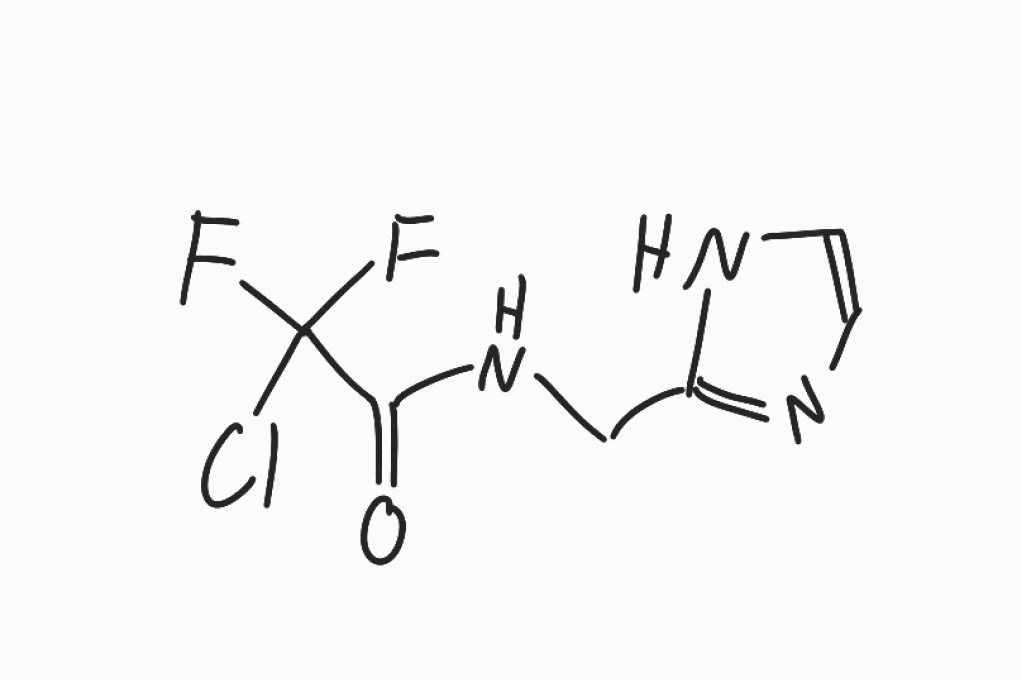
Simplified molecular-input line-entry system (SMILES) notation of the given molecule:
C1=CN=C(N1)CNC(=O)C(F)(F)Cl